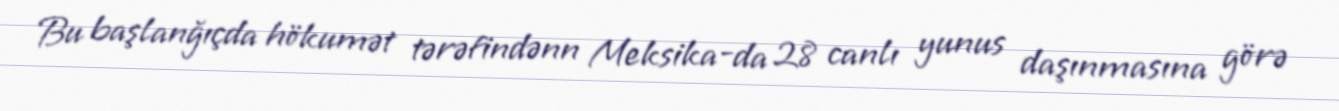
Bu başlanğıçda hökumət tərəfindənn Meksika-da 28 canlı yunus daşınmasına görə